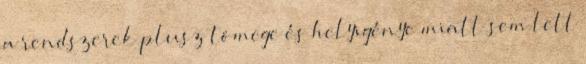
a rendszerek plusz tömege és helyigénye miatt sem lett